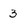
Character: 3